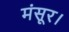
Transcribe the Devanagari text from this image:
मंसूर।